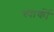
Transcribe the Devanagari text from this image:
स्पार्की